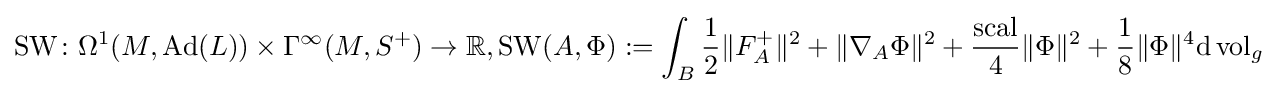
\operatorname {SW} \colon \Omega ^{1}(M,\operatorname {Ad} (L))\times \Gamma ^{\infty }(M,S^{+})\rightarrow \mathbb {R} ,\operatorname {SW} (A,\Phi ):=\int _{B}{\frac {1}{2}}\|F_{A}^{+}\|^{2}+\|\nabla _{A}\Phi \|^{2}+{\frac {\operatorname {scal} }{4}}\|\Phi \|^{2}+{\frac {1}{8}}\|\Phi \|^{4}\mathrm {d} \operatorname {vol} _{g}